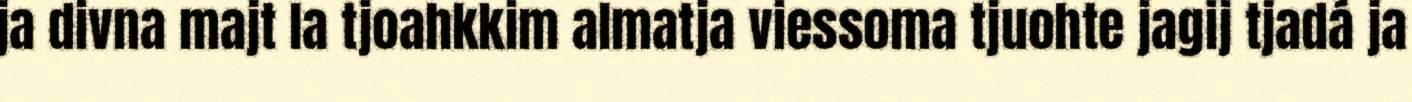
ja divna majt la tjoahkkim almatja viessoma tjuohte jagij tjadá ja